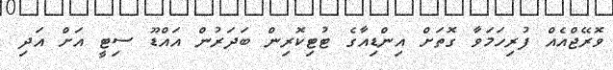
ވޮރޭޖްއެއް ފުރިހަމަވާ ގޮތަށް އިންޑިއާގެ ޓުޓިކޮރިން ބަދަރުން އައްޑޫ ސިޓީ އަށް އަދި